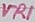
Text: VR1